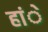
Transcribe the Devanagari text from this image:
हांे